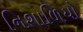
નિશાળિયો